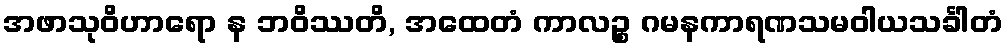
အဖာသုဝိဟာရော န ဘဝိဿတိ, အထေတံ ကာလဉ္စ ဂမနကာရဏသမဝါယသင်္ခါတံ